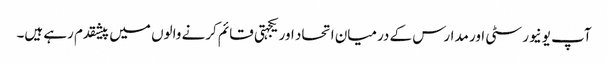
آپ یونیورسٹی اور مدارس کے درمیان اتحاد اور یکجہتی قائم کرنے والوں میں پیشقدم رہے ہیں۔